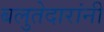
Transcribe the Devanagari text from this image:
बलुतेदारांनी